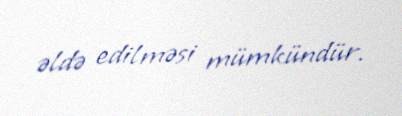
əldə edilməsi mümkündür.